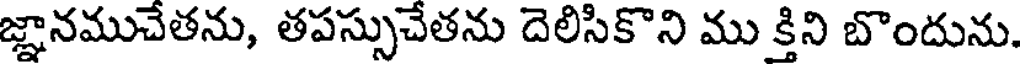
జ్ఞానముచేతను, తపస్సుచేతను దెలిసికొని ము క్తిని బొందును.